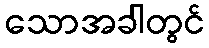
သောအခါတွင်